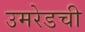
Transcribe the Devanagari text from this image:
उमरेडची